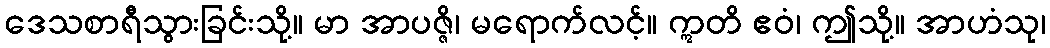
ဒေသစာရီသွားခြင်းသို့။ မာ အာပဇ္ဇိ၊ မရောက်လင့်။ ဣတိ ဧဝံ၊ ဤသို့။ အာဟံသု၊